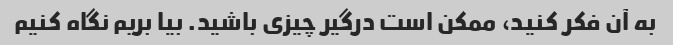
به آن فکر کنید، ممکن است درگیر چیزی باشید. بیا بریم نگاه کنیم